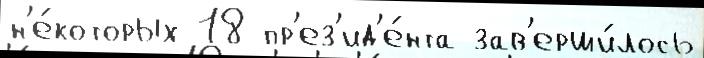
н'е́которых 18 пр'ез'ид'е́нта зав'ерши́лось